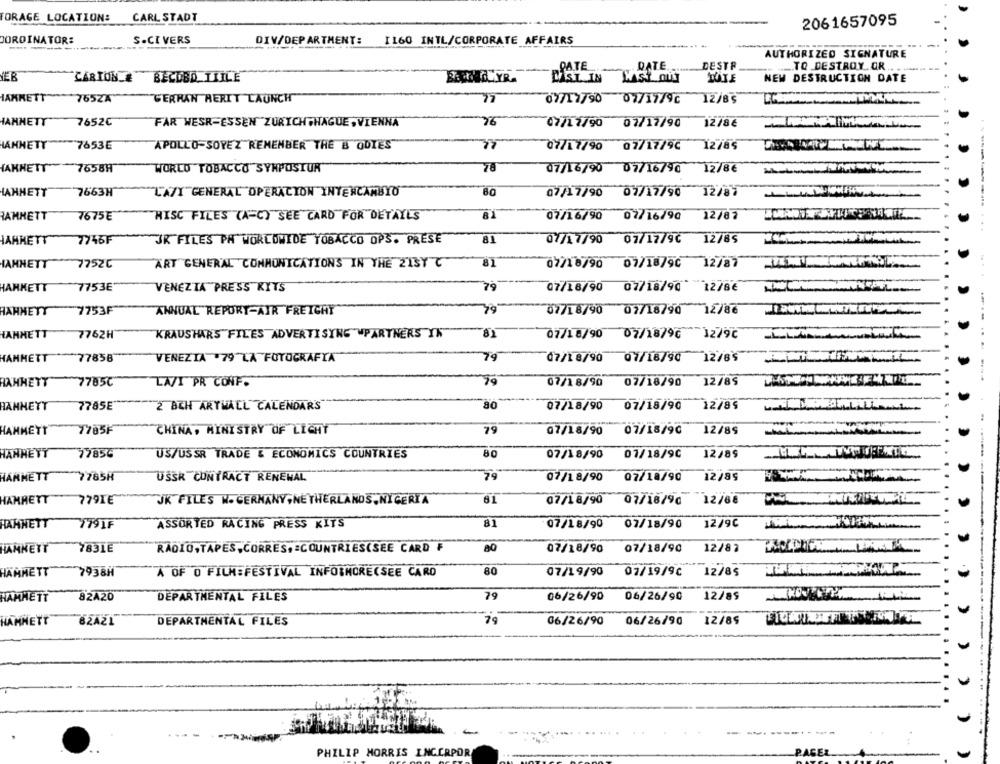
FORAGE LOCATION:
CARL STADT
2061657095
ORDINATOR:
-----
S.CI VERS
DIV/DEPARTMENT:
1160 INTL/CORPORATE AFFAIRS
AUTHORIZED SIGNATURE
PATE
.DATE
DESTR
TO DESTROY OR.
YEB
CARTON.
BECOBD TIILE
UST IN WISTON
TUIE
NEW DESTRUCTION DATE
IAMRETT
755ZA
GERHAN HERIT LAUNCH
07/12/90 07/17/96
12/8 5
ANNETT
7652C
FÅR WESR-ESSEN"ZURICH ,HAGUE, VIENNA
76
07/11/90
07/17/90
12786
ANNETT
7653E
APOLLO-SOYEZ REMENBER THE B ODIES
07/17/90 07/17/92
{ANNETT"
7658H
WORLD TOBACCO SYMPOSIUR
78
07/16/90
07/16/96
12/8€
AHHETT
7663H
80
12/87
LAZY GENERAL OPERACION YNTENCANBYO
07/17/90 07/17/90
RAMHETT
81
7675E
RISC FILES (A=C) SEE CARD FOR DETAILS
07/16/90 02/16/90
12/87
-------. ...
AHHETT
7746F
JR FILES PA WORLDWIDE TOBACCO OPS. PRESE
81
07/17/90 07/17/96
12785
IAHNETT
7752C
ART GENERAL COMMUNICATIONS IN THE 213Y "
81
07/18/90 07/18/90 12787 MIL
HAHNETT
77536
VENEZIA PRESS KITS
79
07/18/90 07/18/90 12786
HAHNETT
7753F
ANNUAL REPORT-AIR FREIGHT
79
07/18/90 07/18/90 12/86
HANNETT
7762H
KRAUSHARS FILES ADVERTISING PARTNERS YK
81
07/18/90 07/18/96 12790
HANHETT
77858
VENEZIA 79"LA FOTOGRAFIA
79
07/18/90 07/18/90 12/85
RAHHETT
7785℃
LAVI PR CONF.
79
12/85
07/18/90 07/18/90
HAHNETT
2 BCH ARTWALL CALENDAR'S
80
7785E
07/18/90
07/18/90 12/89
79
HAHMETT
7785F
CHINA, MINISTRY OF LICHÝ
07/18/90 07/18/90
12/89
HANNETT
9785℃
US/USSR TRADE & ECONOMICS COUNTRIES
80
07/18/90
07/18/9C
12/89
HAMMETT
7785H
USSR CONTRACT RENEWAL
79
07/18/90 07/10/90 12/85
HAMRETT
779IE
JK FILES W. GERMANY,NETHERLANDS, NIGERIA
61
07/18/90
07/18/90
12 /6 8
HAHNETT
ASSORTED RACING PRESS KITS
81
07/18/90 07/18/90
12/96
HAMNETT
78316
RADIO,TAPES, CORRES, = COUNTRIES(SEE CARD F
80
07/18/90
07/18/90
12/82
HAMMETT
7938H
A OF O FILMEFESTIVAL INFORMORE(SEE CARD
80
07/19/90
02/19/9C
12785
79
06/26/90
12/85
HAMMETT
82420
DEPARTMENTAL FILES
06/26/90
HAMMETT
DEPARTMENTAL FILES
79
06/26/90
06/26/90
12/85
-
PHILIP MORRIS INCORPOR
PAGES